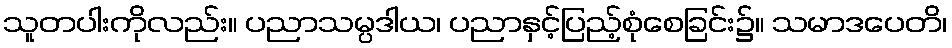
သူတပါးကိုလည်း။ ပညာသမ္ပဒါယ၊ ပညာနှင့်ပြည့်စုံစေခြင်း၌။ သမာဒပေတိ၊